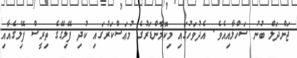
ޖަންދަލް ބުނު ސަހްލާއިއެވެ. އެދުވަހުގައި މިކޮމާންޑަރުގެ މުޢަސްކަރުގައި ކުދި ފޭލިގޭގެ ތިރީސް ފޭލިގެއާއި